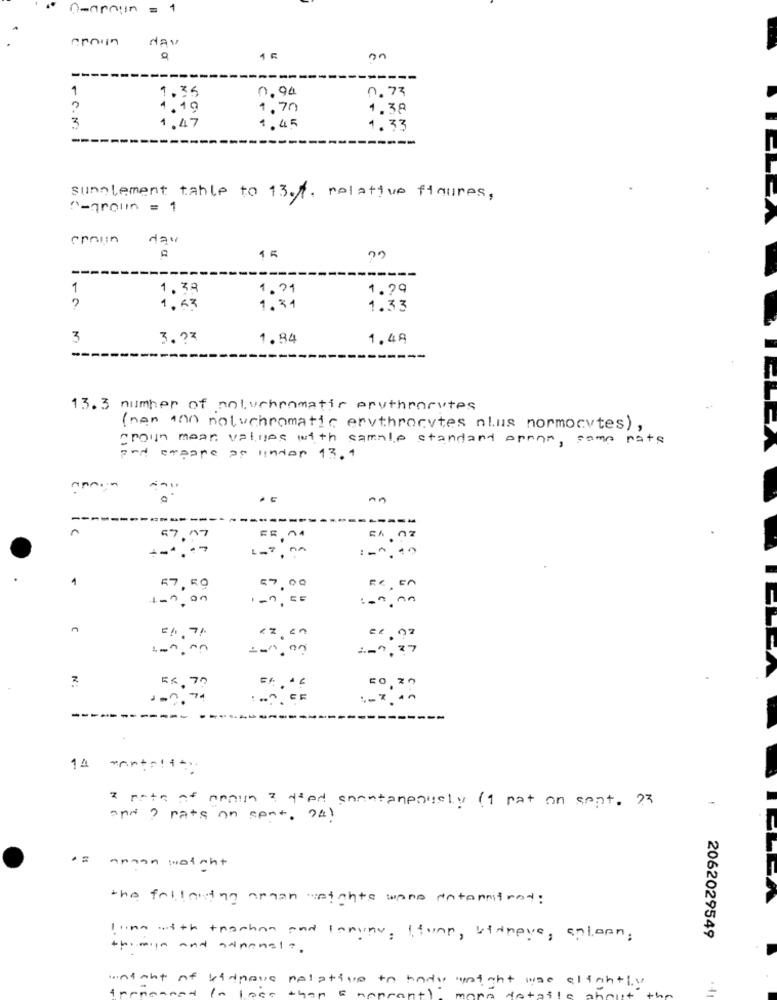
Q-araun = 1
NAV
1
1.35
0.90
0.77
19
1,70
4.38
3
47
1,45
1.33
sunglement table to 13.f. relative floures,
"-groun = 1
Nav
15
1
1.38
1.71
1.79
1.63
1.31
1.33
3
3. 27
1.84
1,48
13.3 number of noluchromatic erythrorutes
(nen 100 noluchromatic erythrocytes plus normocytes) ,
crown mean values with sample standard error, some rats
and empane as under 13.4
An
----
A
57,07
EX . 02
--*.
1-7,00
.
1
57,59
57,00
Rx , En
1-0,00
1-0, 5=
< 2, cn
100,00
100.00
1-7,37
2
56,70
--
14 mortality
a rate of annun ? died spontaneously (1 pat on sept. ??
and? rats on cont. 74!
.= annan weight
the fallastyg argan stante wane entannitrat:
2062029549
Iline with trachom and laminv, I funn, stampys, antonn.
themin and adminsit.
night of kidhave relative to hade wnight was alfahtlv
1- 100